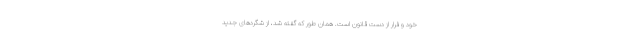
خود و فرار از دست قانون است. همان طور که گفته شد، از شگردهای جدید